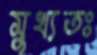
মুখ্যতঃ